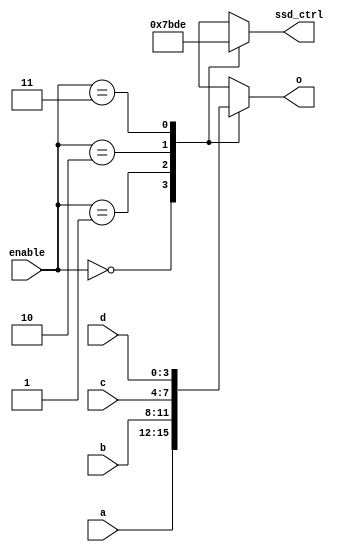
module select(
    input [3:0] a,
    input [3:0] b,
    input [3:0] c,
    input [3:0] d,
    output [3:0] o,
    output [3:0] ssd_ctrl,
    input [1:0] enable
    );

reg [3:0] o;
reg [3:0] ssd_ctrl;

always @(a or b or c or d or enable)
begin
    case(enable)
        2'b00:
        begin
            o[3:0] <= a[3:0];
            ssd_ctrl[3:0] <= 4'b0111;
        end
        2'b01:
        begin
            o[3:0] <= b[3:0];
            ssd_ctrl[3:0] <= 4'b1011;
        end
        2'b10:
        begin
            o[3:0] <= c[3:0];
            ssd_ctrl[3:0] <= 4'b1101;
        end
        2'b11:
        begin
            o[3:0] <= d[3:0];
            ssd_ctrl[3:0] <= 4'b1110;
        end
    endcase
end

endmodule